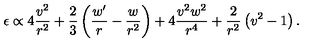
\epsilon \propto 4 \frac { v ^ { 2 } } { r ^ { 2 } } + \frac { 2 } { 3 } \left( \frac { w ^ { \prime } } { r } - \frac { w } { r ^ { 2 } } \right) + 4 \frac { v ^ { 2 } w ^ { 2 } } { r ^ { 4 } } + \frac { 2 } { r ^ { 2 } } \left( v ^ { 2 } - 1 \right) .